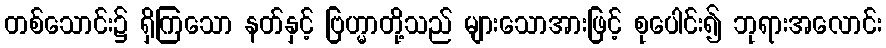
တစ်သောင်း၌ ရှိကြသော နတ်နှင့် ဗြဟ္မာတို့သည် များသောအားဖြင့် စုပေါင်း၍ ဘုရားအလောင်း